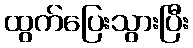
ထွက်ပြေးသွားပြီး